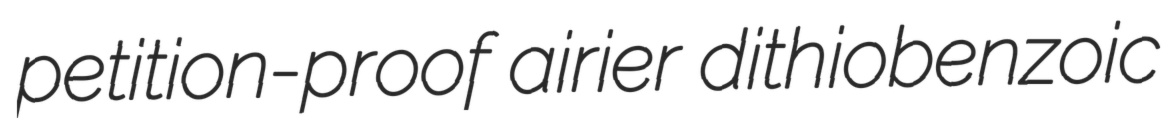
petition-proof airier dithiobenzoic